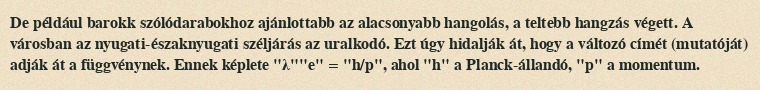
De például barokk szólódarabokhoz ajánlottabb az alacsonyabb hangolás, a teltebb hangzás végett. A városban az nyugati-északnyugati széljárás az uralkodó. Ezt úgy hidalják át, hogy a változó címét (mutatóját) adják át a függvénynek. Ennek képlete "λ""e" = "h/p", ahol "h" a Planck-állandó, "p" a momentum.